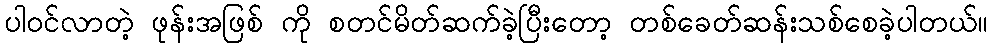
ပါဝင်လာတဲ့ ဖုန်းအဖြစ် ကို စတင်မိတ်ဆက်ခဲ့ပြီးတော့ တစ်ခေတ်ဆန်းသစ်စေခဲ့ပါတယ်။